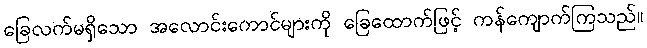
ခြေလက်မရှိသော အလောင်းကောင်များကို ခြေထောက်ဖြင့် ကန်ကျောက်ကြသည်။